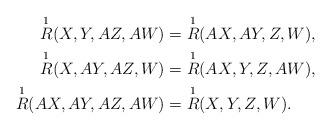
LaTeX: \begin{align*}\overset{1}{R} (X,Y,AZ,AW) & = \overset{1}{R} (AX,AY,Z,W), \\\overset{1}{R} (X,AY,AZ,W) & = \overset{1}{R} (AX,Y,Z,AW), \\\overset{1}{R} (AX,AY,AZ,AW) & = \overset{1}{R} (X,Y,Z,W). \end{align*}